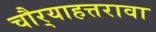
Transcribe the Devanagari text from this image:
चौर्‍याहत्तरावा